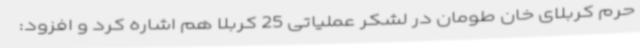
حرم کربلای خان طومان در لشکر عملیاتی 25 کربلا هم اشاره کرد و افزود: